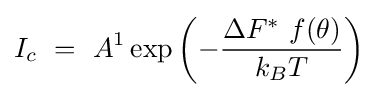
I_{c}\ =\ A^{1}\exp \left(-{\frac {\Delta F^{*}\ f(\theta )}{k_{B}T}}\right)